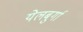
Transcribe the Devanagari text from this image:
येलबुर्गा